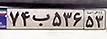
۷۴ب۵۳۶۵۳